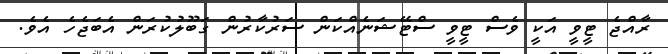
ރާއްޖެ ޓީވީ އަކީ ވެސް ޓީވީ ސްޓޭޝަނެއްކަން ސަރުކާރުން ގަބޫލުކުރަން އެބަޖެހެ އެވެ.